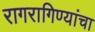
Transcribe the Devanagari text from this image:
रागरागिण्यांचा